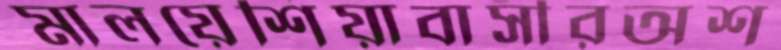
মালয়েশিয়াবাসীরঅশ